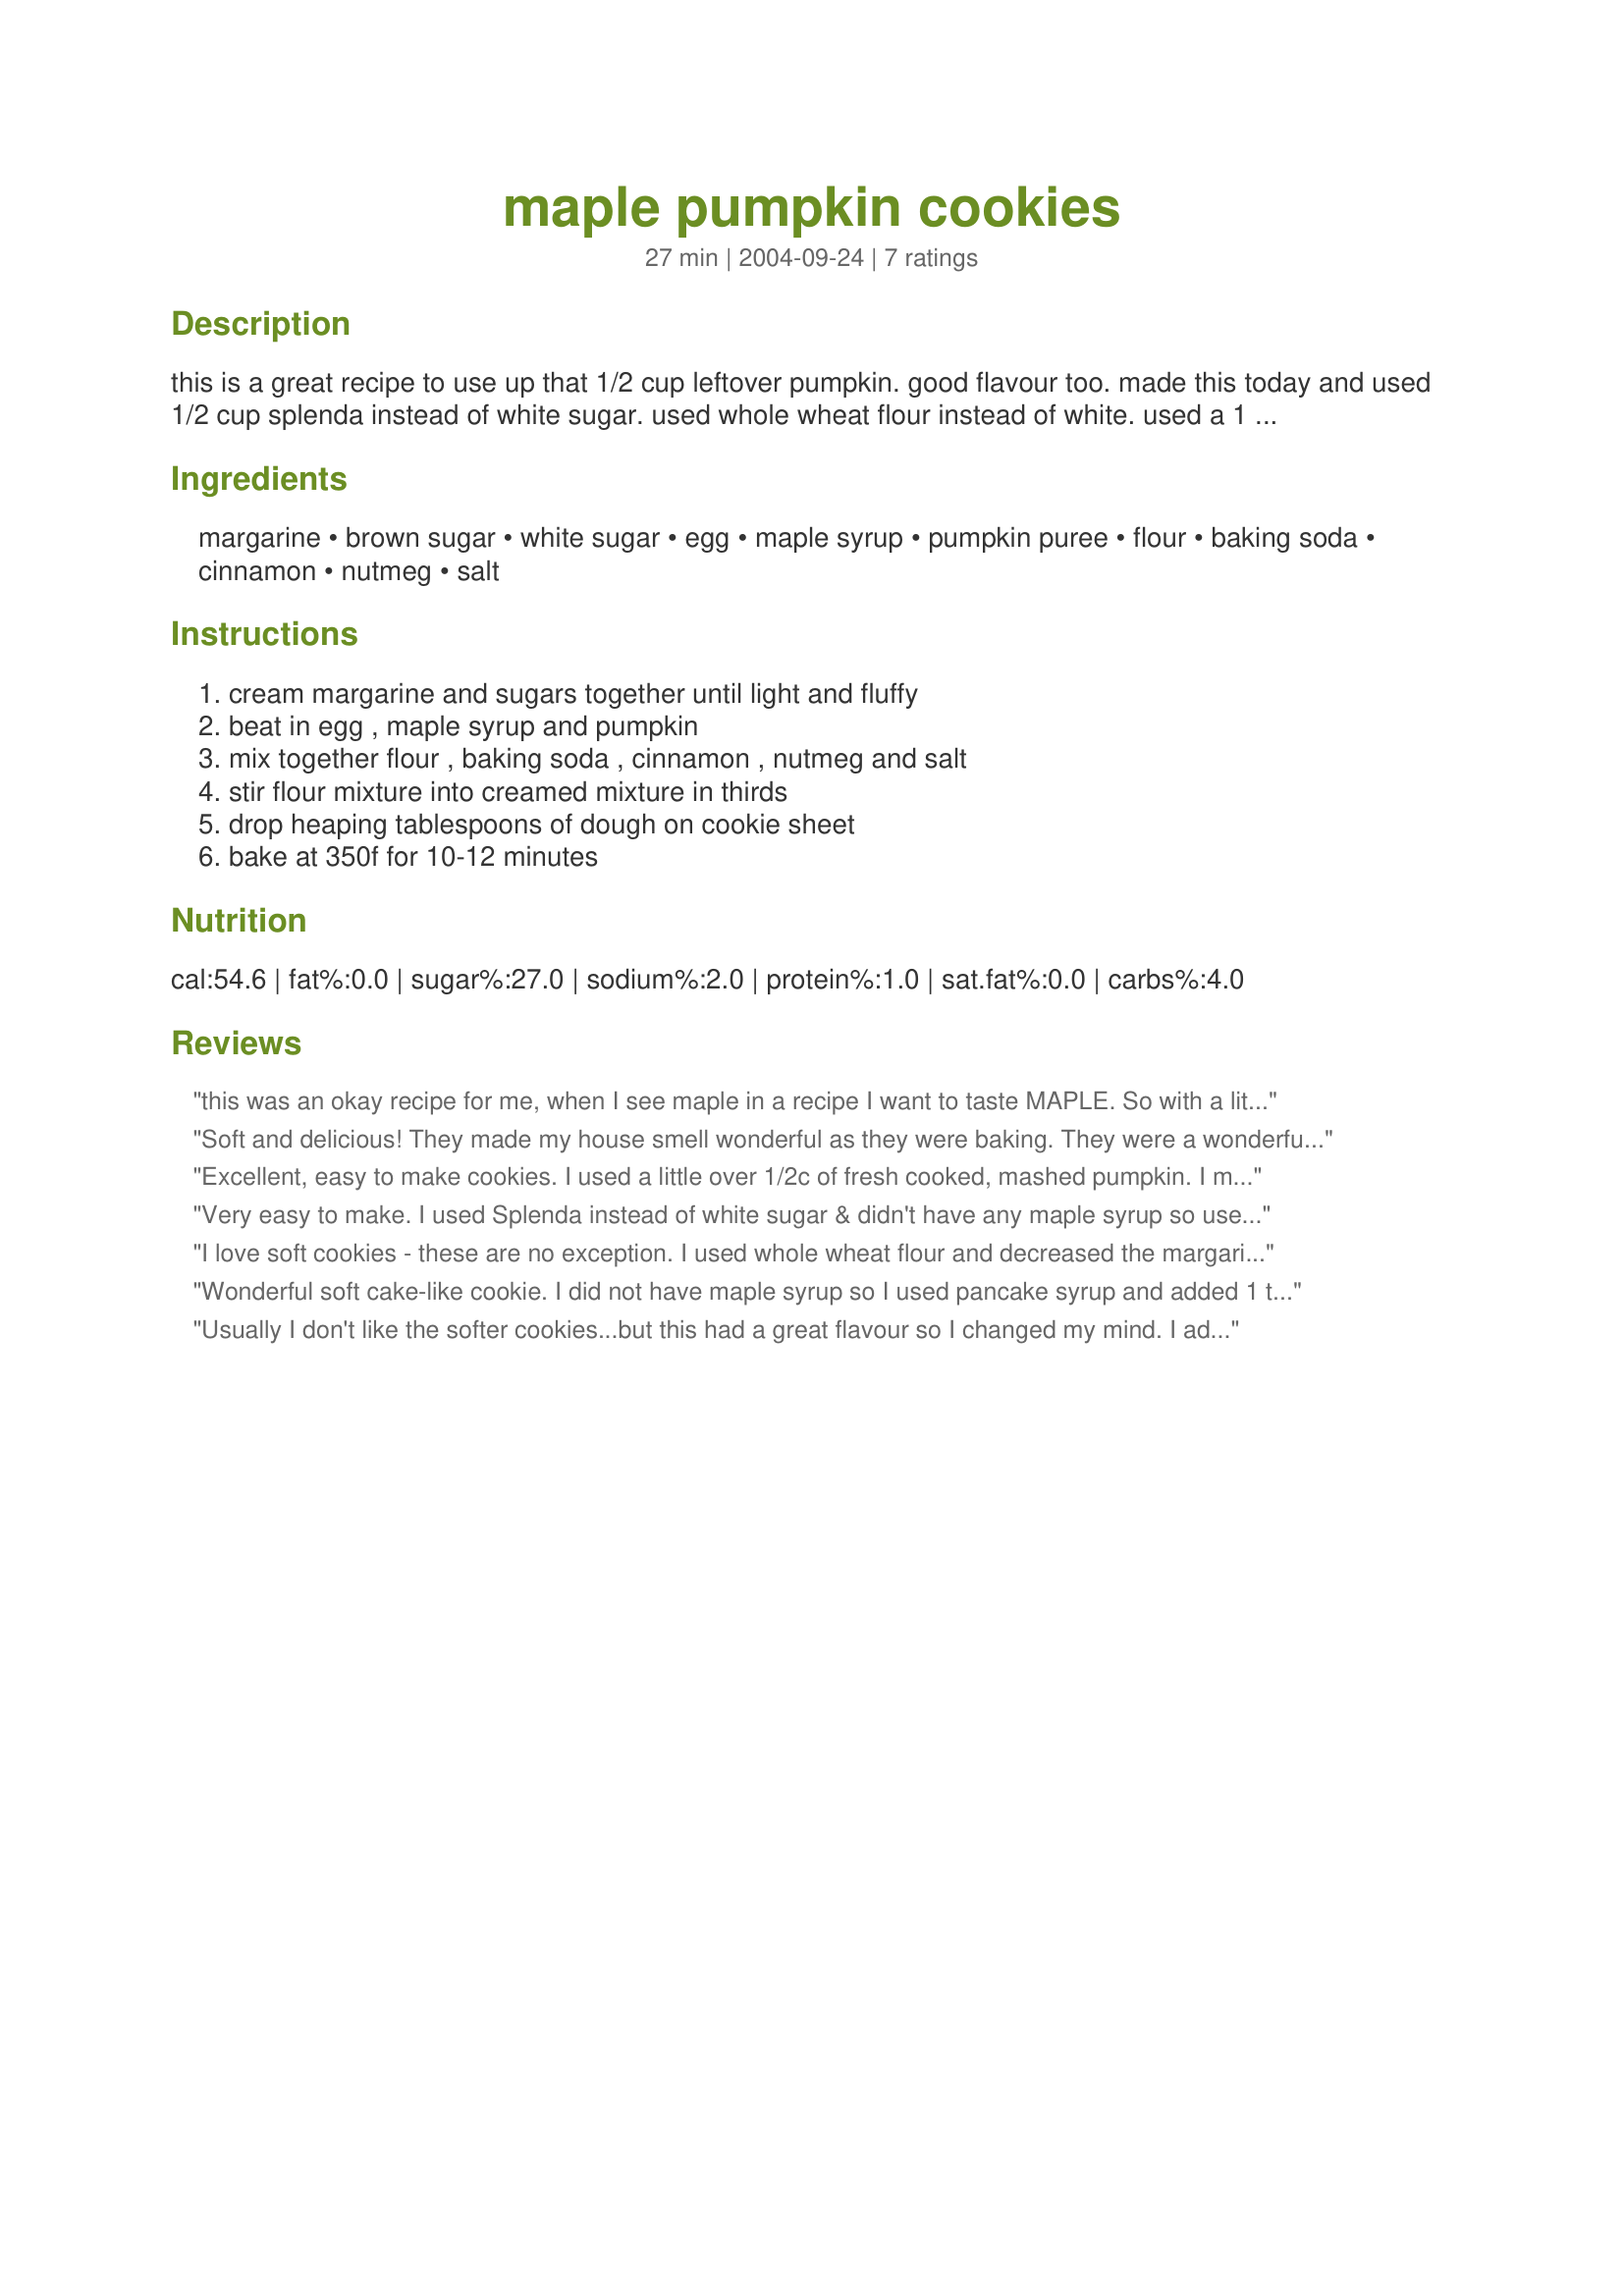
maple pumpkin cookies
Preparation time: 27 minutes

this is a great recipe to use up that 1/2 cup leftover pumpkin. good flavour too. made this today and used 1/2 cup splenda instead of white sugar. used whole wheat flour instead of white. used a 1 1/2 in. cookie scoop and made 32 cookies. these are soft cakelike cookies. raisins or nuts could be added if desired.

Ingredients:
margarine, brown sugar, white sugar, egg, maple syrup, pumpkin puree, flour, baking soda, cinnamon, nutmeg, salt

Steps:
cream margarine and sugars together until light and fluffy, beat in egg , maple syrup and pumpkin, mix together flour , baking soda , cinnamon , nutmeg and salt, stir flour mixture into creamed mixture in thirds, drop heaping tablespoons of dough on cookie sheet, bake at 350f for 10-12 minutes

Reviews:
this was an okay recipe for me, when I see maple in a recipe I want to taste MAPLE. So with a little tweaking I got the maple flavor I wanted, instead of the brown sugar, I put maple sugar and only put 1/3 cup and put 4 tbsp maple syrup. Other than that, the recipe is one I will be keeping.
Soft and delicious! They made my house smell wonderful as they were baking. They were a wonderful texture for my 1 year old to chew. Thanks!
Excellent, easy to make cookies. I used a little over 1/2c of fresh cooked, mashed pumpkin. I measured the dry ingredients directly into the creamed mixture and mixed all at once. They were baked on a dark, non-stick cookie sheet. They baked perfectly! They are delicious dipped in milk, or enjoy with a glass of apple cider. Must bake more! :)
Very easy to make. I used Splenda instead of white sugar & didn't have any maple syrup so used golden syrup instead & used about 3/4 cup fresh mashed pumpkin. They were still very sweet so may cut down on the brown sugar a bit next time. Like the last reviewer I just mixed the dry ingredients straight into the wet mix too!
My 16 month old daughter thought these were great!
I love soft cookies - these are no exception. I used whole wheat flour and decreased the margarine a bit. I also added maple flavouring as I used pancake syrup as well. I think these are best just cool after coming out of the oven - the outside has a bit of a crisp, while the inside is extremely soft. Thanks for the great recipe!!
Wonderful soft cake-like cookie. I did not have maple syrup so I used pancake syrup and added 1 teaspoon of maple flavoring. Also added 3/4 cup golden raisins. Next time I'll increase the maple flavor (not strong enough for me). This is a keeper. And a good way to use up that leftover pumpkin after making pumpkin bread.
Usually I don't like the softer cookies...but this had a great flavour so I changed my mind. I added raisins too, very good.
